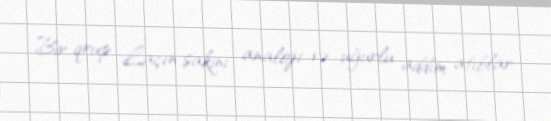
Bir qrup Laçın sakini analoji və uğurlu addım atıblar.